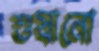
শুষানো